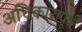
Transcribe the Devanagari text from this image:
अधिकारापूर्व